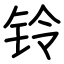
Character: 铃